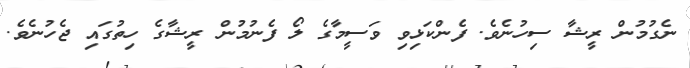
ނެގުމުން ރީޝާ ސިހުނެވެ. ފެންކަޅިވި ވަސީމާގެ ލޯ ފެނުމުން ރީޝާގެ ހިތުގައި ޖެހުނެވެ.